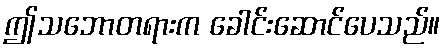
ဤသဘောတရားက ခေါင်းဆောင်ပေသည်။